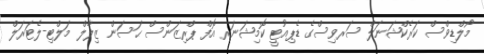
މޯލްޑިވްސް ކަރެކްޝަނަލް ސަރވިސްގެ ޑެޕިއުޓީ ކޮމިޝަނަރ އޮފް ޕްރިޒަންސް ޙަސަން ޒިލާލް މަލްޓި-ލެޓަރަލް